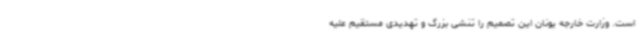
است. وزارت خارجه یونان این تصمیم را تنشی بزرگ و تهدیدی مستقیم علیه